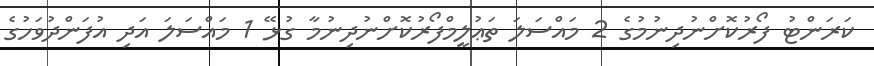
ކަރަންޓު ފޯރުކޮށްނުދިނުމުގެ 2 މައްސަލަ ތަޢުލީމްފޯރުކޮށްނުދިނުމާ ގުޅޭ 1 މައްސަލަ އަދި އުފަންދުވަހުގެ